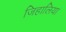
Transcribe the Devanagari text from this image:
जिहालिया